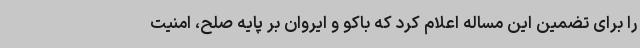
را برای تضمین این مساله اعلام کرد که باکو و ایروان بر پایه صلح، امنیت